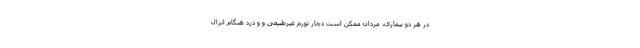
در هر دو بیماری، مردان ممکن است دچار تورم غیرطبیعی و و درد هنگام انزال